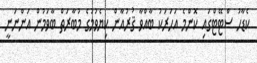
ކެޑާހު ސްޓޭޓްގައި ކޮންމެ އަހަރަކު ބާއްވާ ޤުރުއާން ކިޔެވުމުގެ މުބާރަތް ބާވަމުން އަންނަނީ